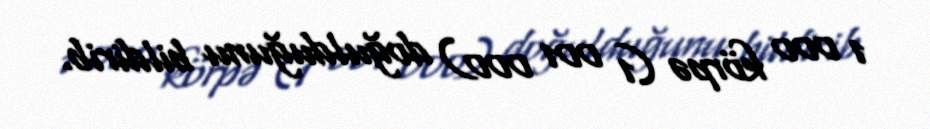
1 000 körpə (1 001 000) doğulduğunu bildirib.